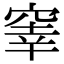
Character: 𥦭